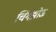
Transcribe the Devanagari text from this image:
चिंगझोऊ